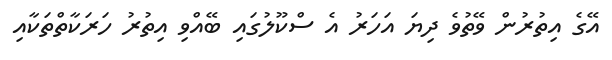
އޭގެ އިތުރުން ވޭތުވެ ދިޔަ އަހަރު އެ ސްކޫލުގައި ބޭއްވި އިތުރު ހަރަކާތްތަކާއި